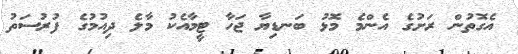
އެގޮތުން ރަށުގެ އެންމެ މޮޅު ބަނޑިޔާ ޖަހާ ޓީމާއެކު މާލެ ދިއުމުގެ ފުރުސަތު